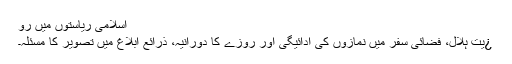
اسلامی ریاستوں میں رو
¿یت ہلال، فضائی سفر میں نمازوں کی ادائیگی اور روزے کا دورانیہ، ذرائع ابلاغ میں تصویر کا مسئلہ۔